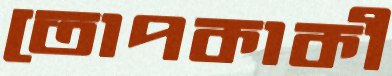
তোপকাকী